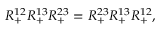
R _ { + } ^ { 1 2 } R _ { + } ^ { 1 3 } R _ { + } ^ { 2 3 } = R _ { + } ^ { 2 3 } R _ { + } ^ { 1 3 } R _ { + } ^ { 1 2 } ,